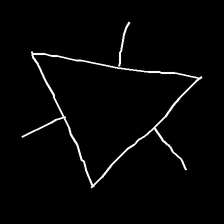
Glyph: fire